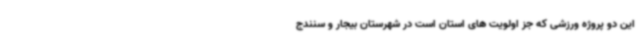
این دو پروژه ورزشی که جز اولویت های استان است در شهرستان بیجار و سنندج